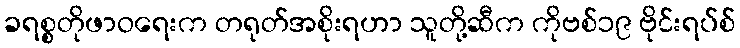
ခရစ္စတိုဖာဝရေးက တရုတ်အစိုးရဟာ သူတို့ဆီက ကိုဗစ်၁၉ ဗိုင်းရပ်စ်